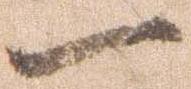
一